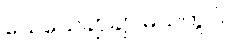
သေသေချာချာ မသဲကွဲပါ။